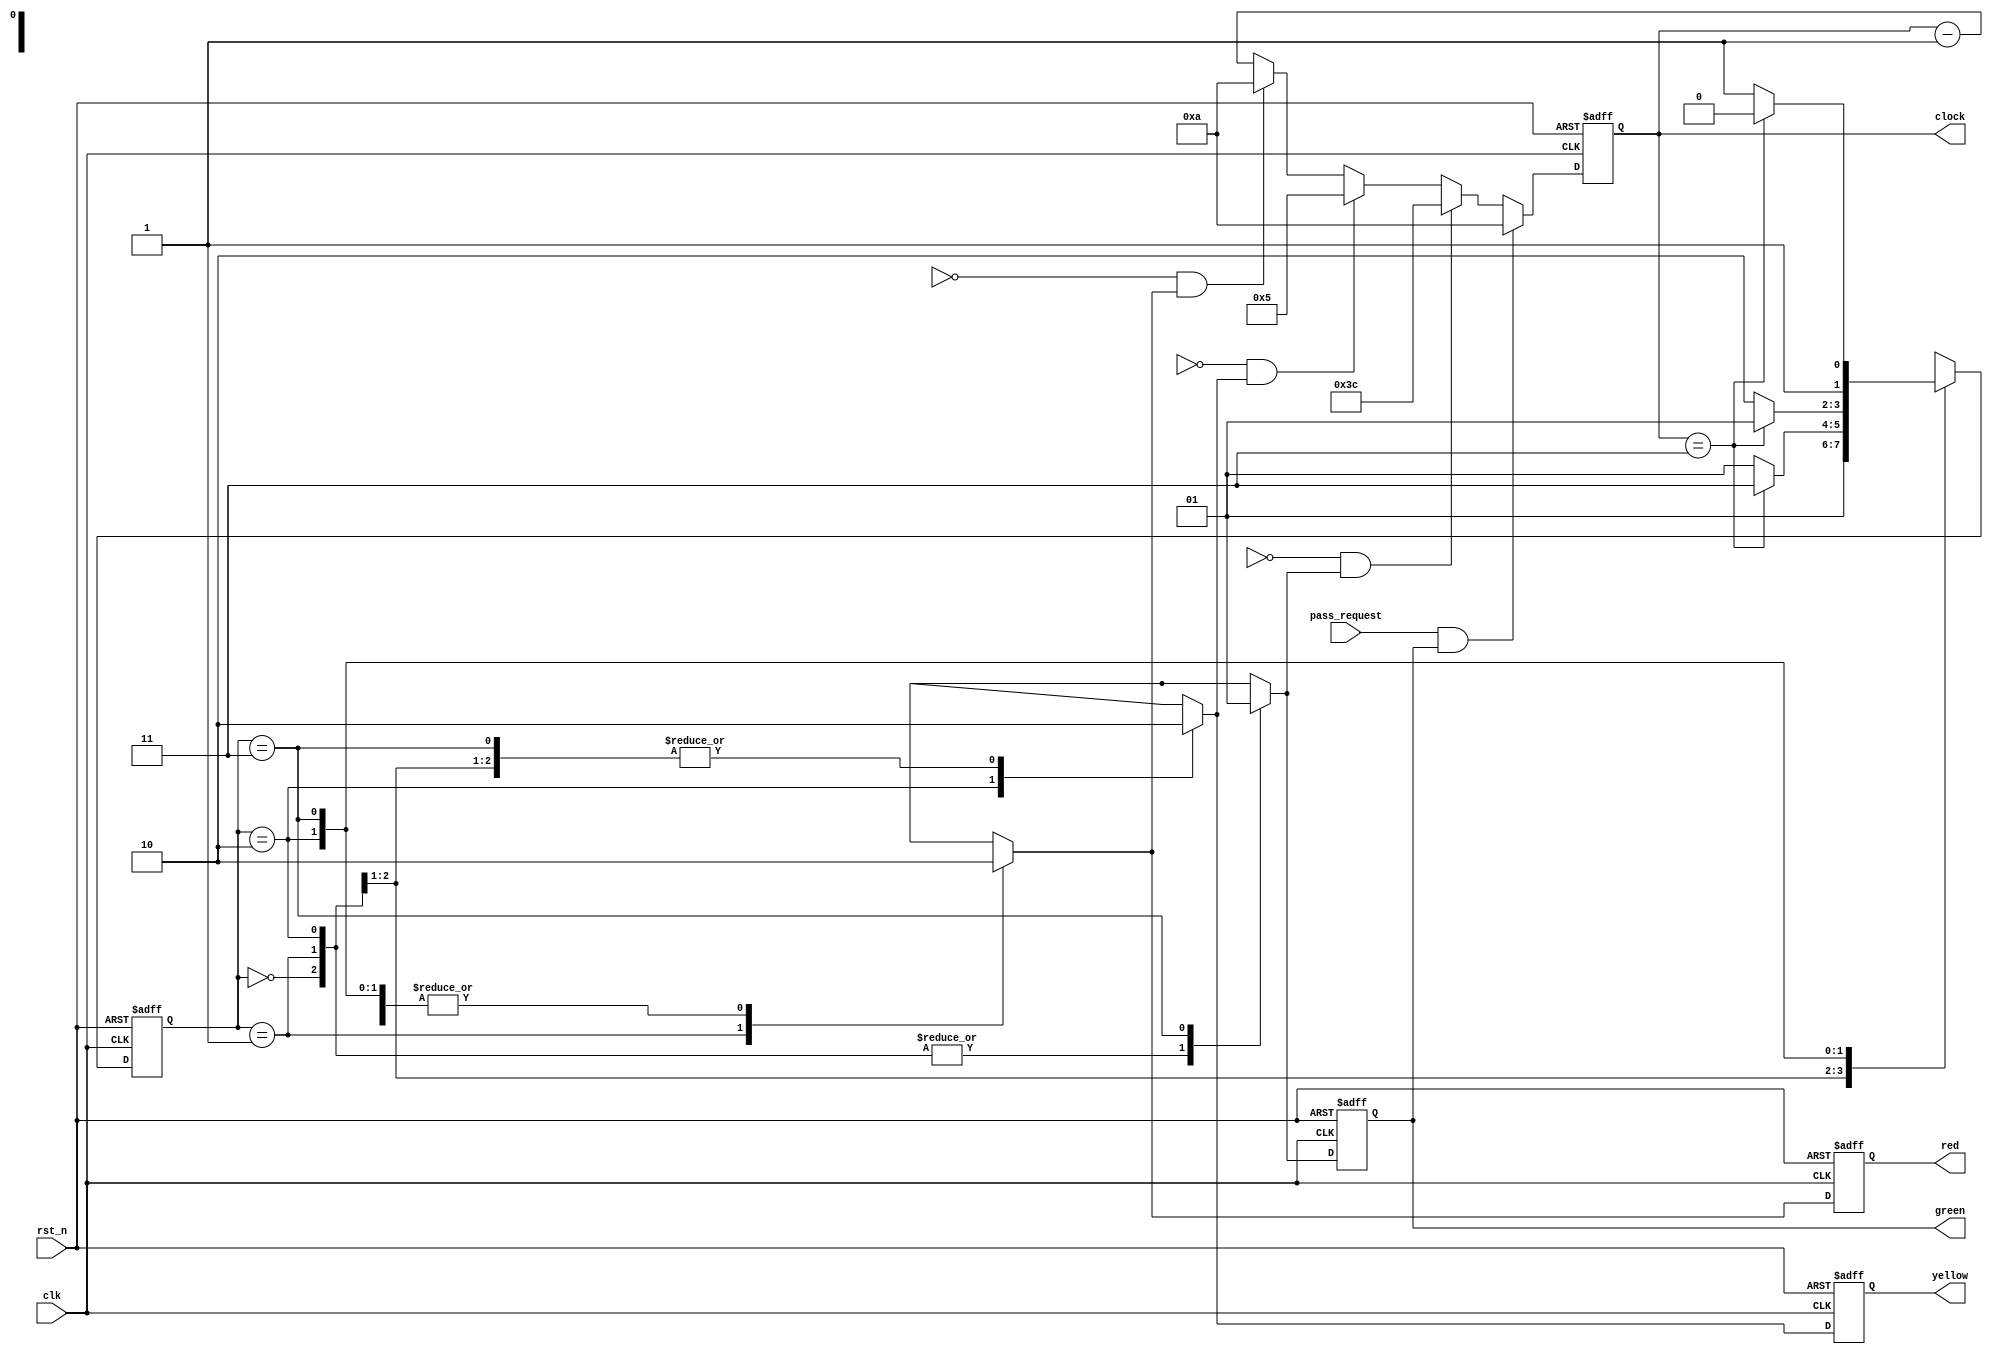
module traffic_light(
    input rst_n,
    input clk,
    input pass_request,
    output reg [7:0] clock,
    output reg red,
    output reg yellow,
    output reg green
    );
    localparam idle = 2'b00;
    localparam s1_red = 2'b01;
    localparam s2_yellow = 2'b10;
    localparam s3_green = 2'b11;
    reg [1:0] state;
    reg [1:0] next_state;
    reg p_red, p_yellow, p_green;
    reg [7:0] cnt;
    always @(posedge clk or negedge rst_n) begin
        if (!rst_n) begin
            state <= idle;
        end else begin
            state <= next_state;
        end
    end
    always @(state or pass_request) begin
        case (state)
            idle: begin
                p_red = 0;
                p_yellow = 0;
                p_green = 0;
                next_state = s1_red;
            end
            s1_red: begin
                p_red = 1;
                p_yellow = 0;
                p_green = 0;
                if (cnt == 3) begin
                    next_state = s3_green;
                end else begin
                    next_state = s1_red;
                end
            end
            s2_yellow: begin
                p_red = 0;
                p_yellow = 1;
                p_green = 0;
                if (cnt == 3) begin
                    next_state = s1_red;
                end else begin
                    next_state = s2_yellow;
                end
            end
            s3_green: begin
                p_red = 0;
                p_yellow = 0;
                p_green = 1;
                if (cnt == 3) begin
                    next_state = s2_yellow;
                end else begin
                    next_state = s3_green;
                end
            end
        endcase
    end
    always @(posedge clk or negedge rst_n) begin
        if (!rst_n) begin
            cnt <= 10;
        end else begin
            if (pass_request && green) begin
                cnt <= 10;
            end else if (Green == 0 && p_green) begin
                cnt <= 60;
            end else if (Yellow == 0 && p_yellow) begin
                cnt <= 5;
            end else if (Red == 0 && p_red) begin
                cnt <= 10;
            end else begin
                cnt <= cnt - 1;
            end
        end
    end
    assign clock = cnt;
    always @(posedge clk or negedge rst_n) begin
        if (!rst_n) begin
            red <= 0;
            yellow <= 0;
            green <= 0;
        end else begin
            red <= p_red;
            yellow <= p_yellow;
            green <= p_green;
        end
    end
endmodule